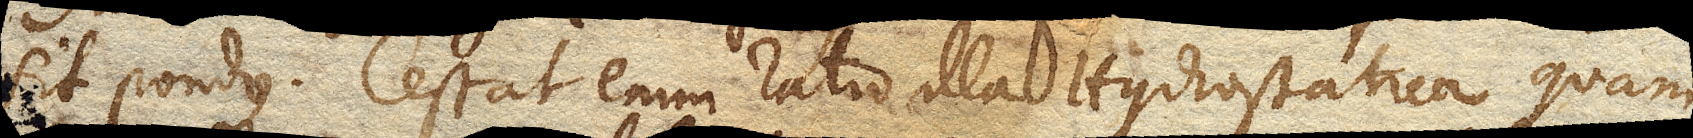
sit pondus. Cessat enim ratio illa Hydrostatica quam